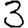
Digit: 3